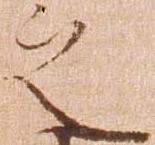
之